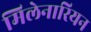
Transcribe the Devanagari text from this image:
मिलेनारियन